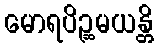
မောရပိဉ္ဆမယန္တိ